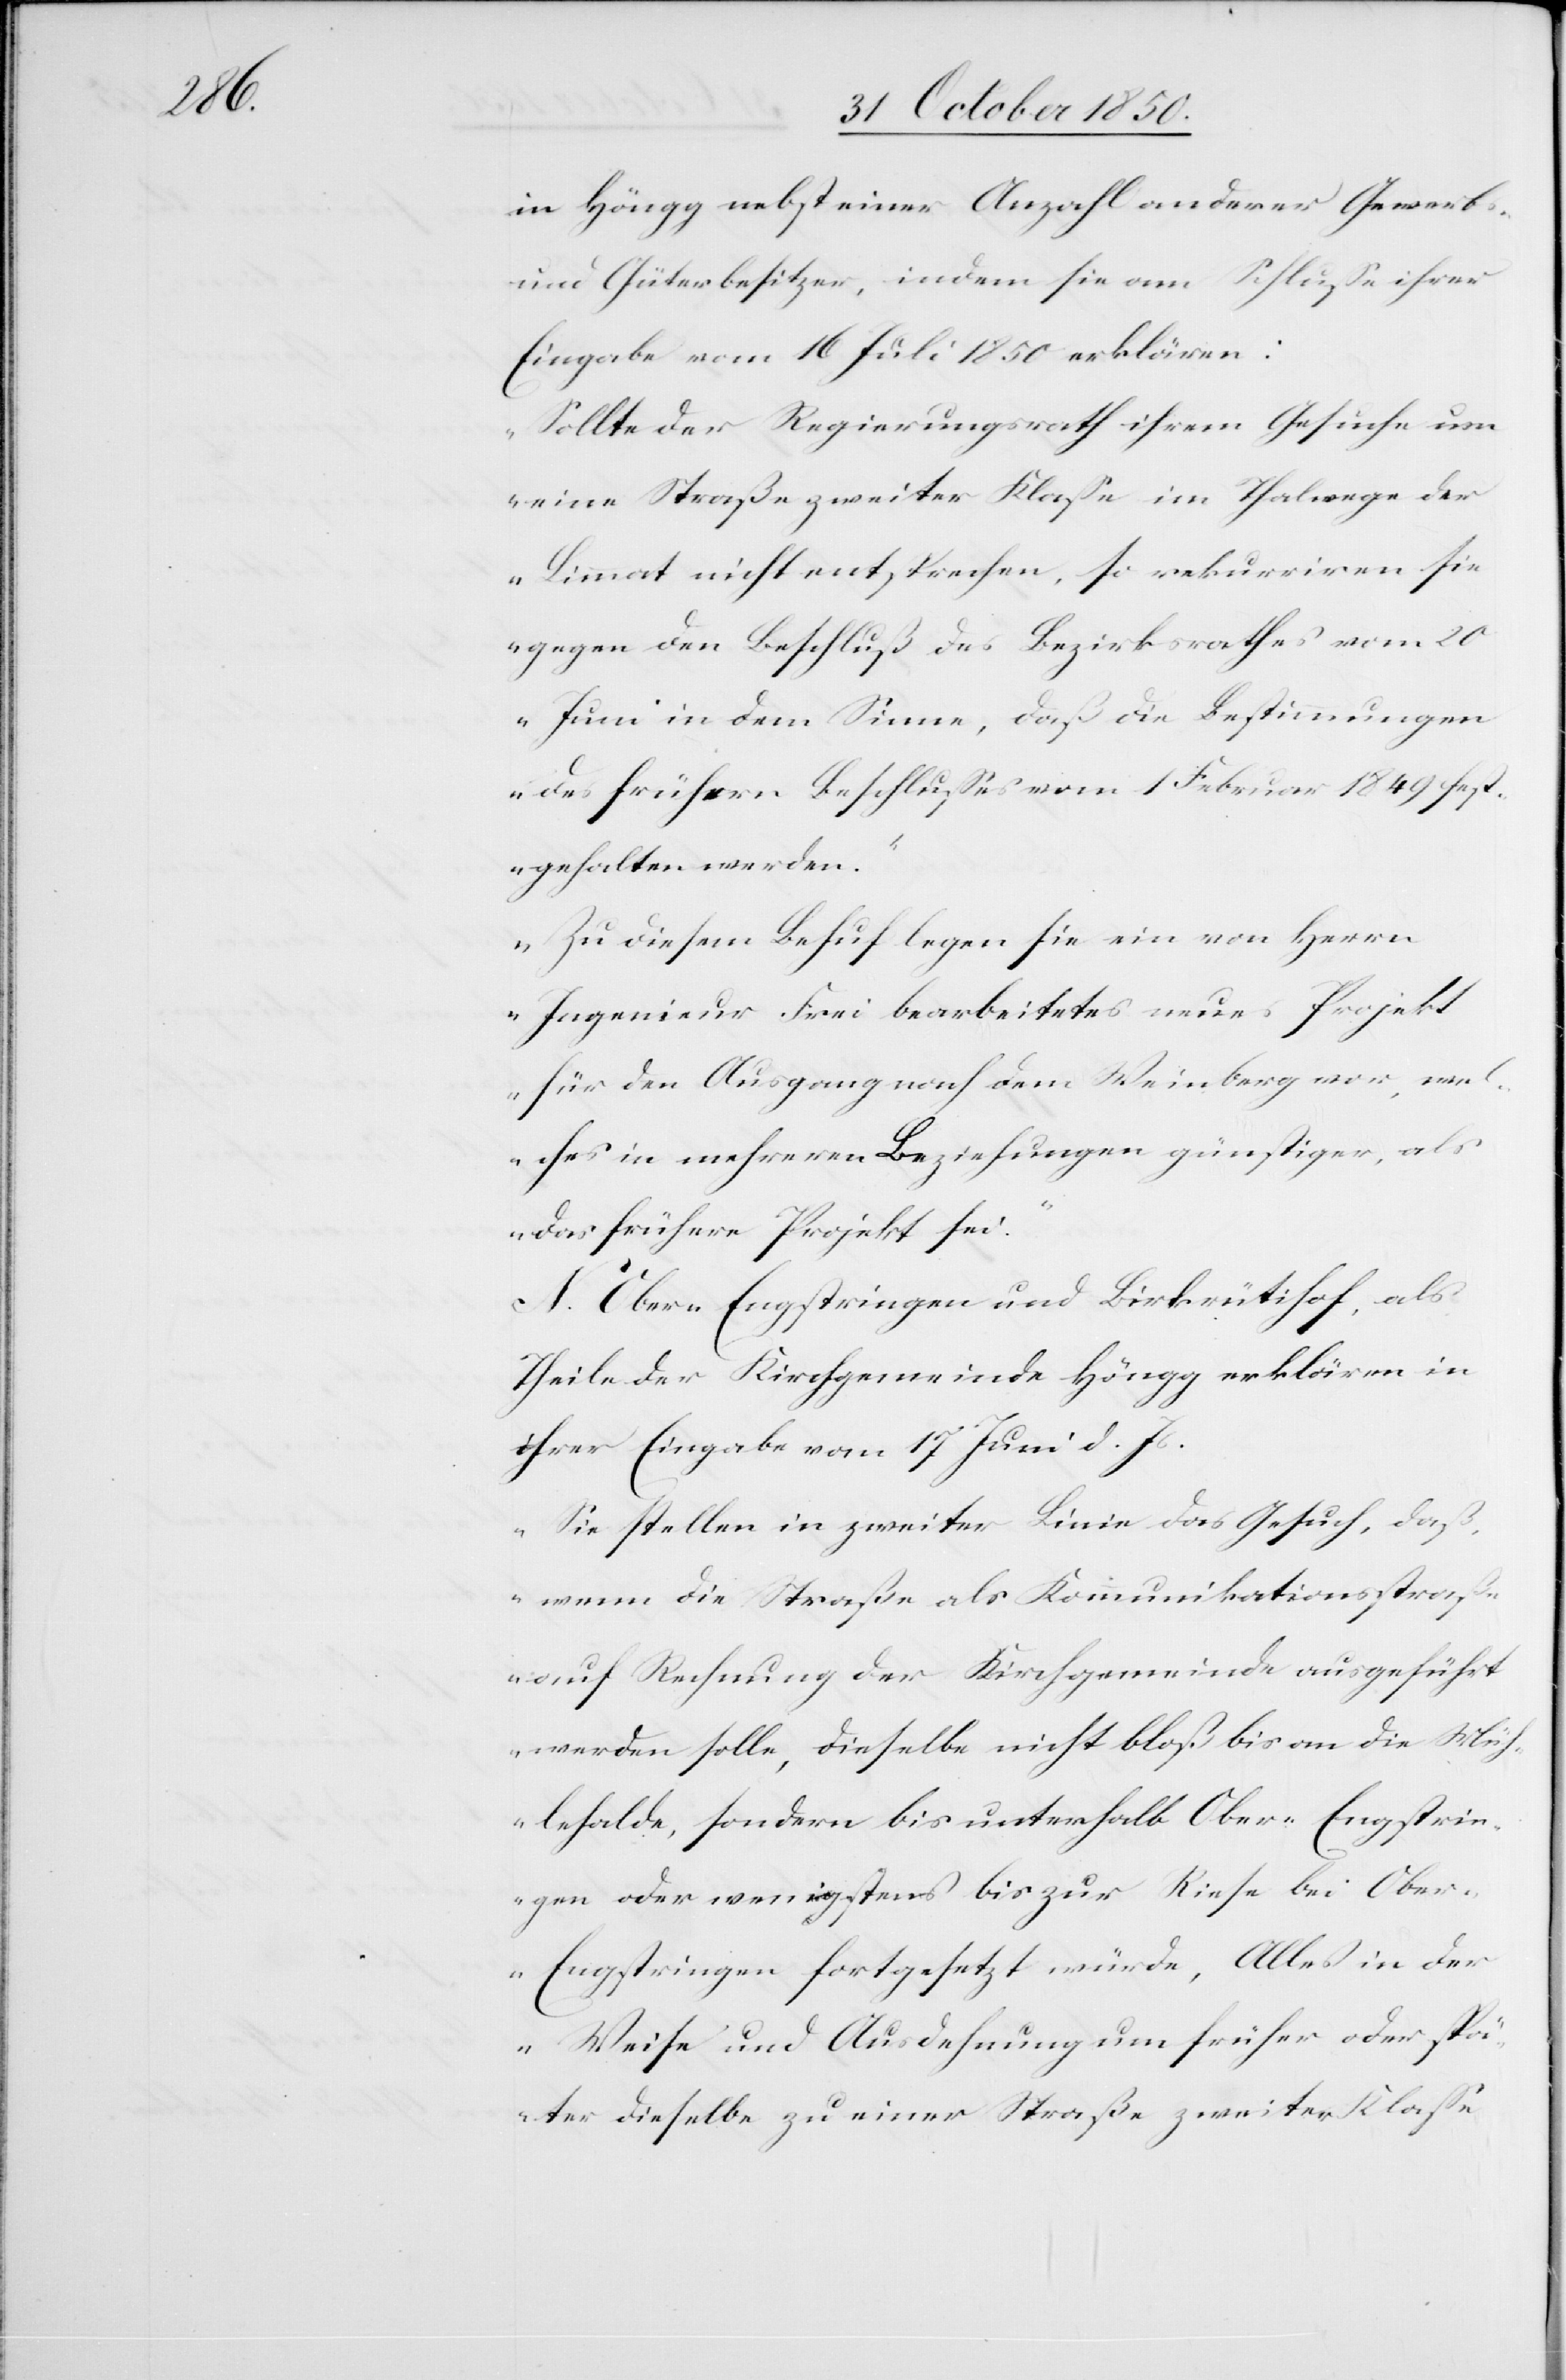
in Höngg nebst einer Anzahl anderer Gewerbs-
und Güterbesitzer, indem sie am Schlusse ihrer
Eingabe vom 16 Juli 1850 erklären:
„Sollte der Regierungsrath ihrem Gesuche um
eine Straße zweiter Klasse im Thalwege der
Limmat nicht entsprechen, so rekurriren sie
gegen den Beschluß des Bezirksrathes vom 20
Juni in dem Sinne, daß die Bestimmungen
des frühern Beschlusses vom 1 Februar 1849 fest¬
gehalten werden.“
„Zu diesem Behuf legen sie ein von Herrn
Ingenieur Frei bearbeitetes neues Projekt
für den Ausgang nach dem Weinberg vor, wel¬
ches in mehrern Beziehungen günstiger, als
das frühere Projekt sei.“
N. Ober-Engstringen und Birkrütihof, als
Theile der Kirchgemeinde Höngg erklären in
ihrer Eingabe vom 17 Juni d. Js.
„Sie stellen in zweiter Linie das Gesuch, daß,
wenn die Straße als Kommunikationsstraße
auf Rechnung der Kirchgemeinde ausgeführt
werden solle, dieselbe nicht bloß bis an die Müh¬
lehalde, sondern bis unterhalb Ober-Engstrin¬
gen oder wenigstens bis zur Riese bei Obe¬
r-Engstringen fortgesetzt würde, Alles in der
Weise und Ausdehnung um früher oder spä¬
ter dieselbe zu einer Straße zweiter Klasse